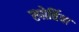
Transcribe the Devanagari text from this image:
स्पोर्तिवा